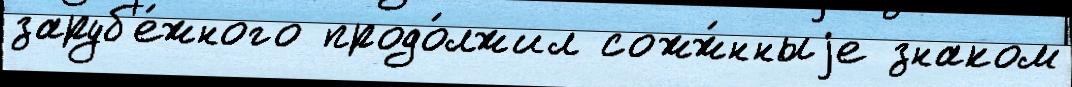
заруб'е́жного продо́лжил сожж́нныjе знаком